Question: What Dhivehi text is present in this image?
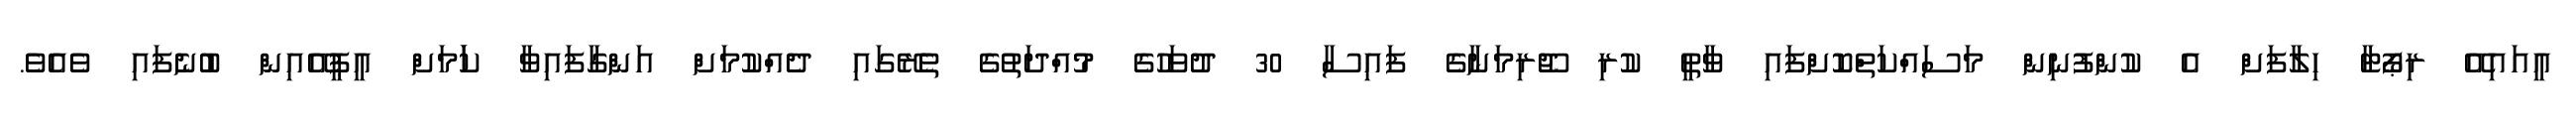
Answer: އީއައިއޭ ރިޕޯޓާ ހިލާފަށް އެ ކުންފުނިން މަސައްކަތްކޮށްފައި ވާތީ ކުރި ޖޫރިމަނާގެ ފައިސާ 30 ދުވަހުގެ މުއްދަތުގެ ތެރޭގައި ދެއްކުމަށް އަންގާފައިވާ ކަަމަށް އީޕީއޭއިން ބުނެފައި ވެއެވެ.